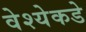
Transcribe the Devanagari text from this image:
वेश्येकडे